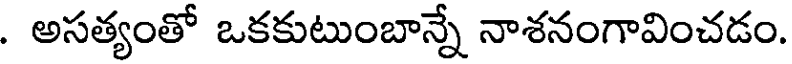
. అసత్యంతో ఒకకుటుంబాన్నే నాశనంగావించడం.